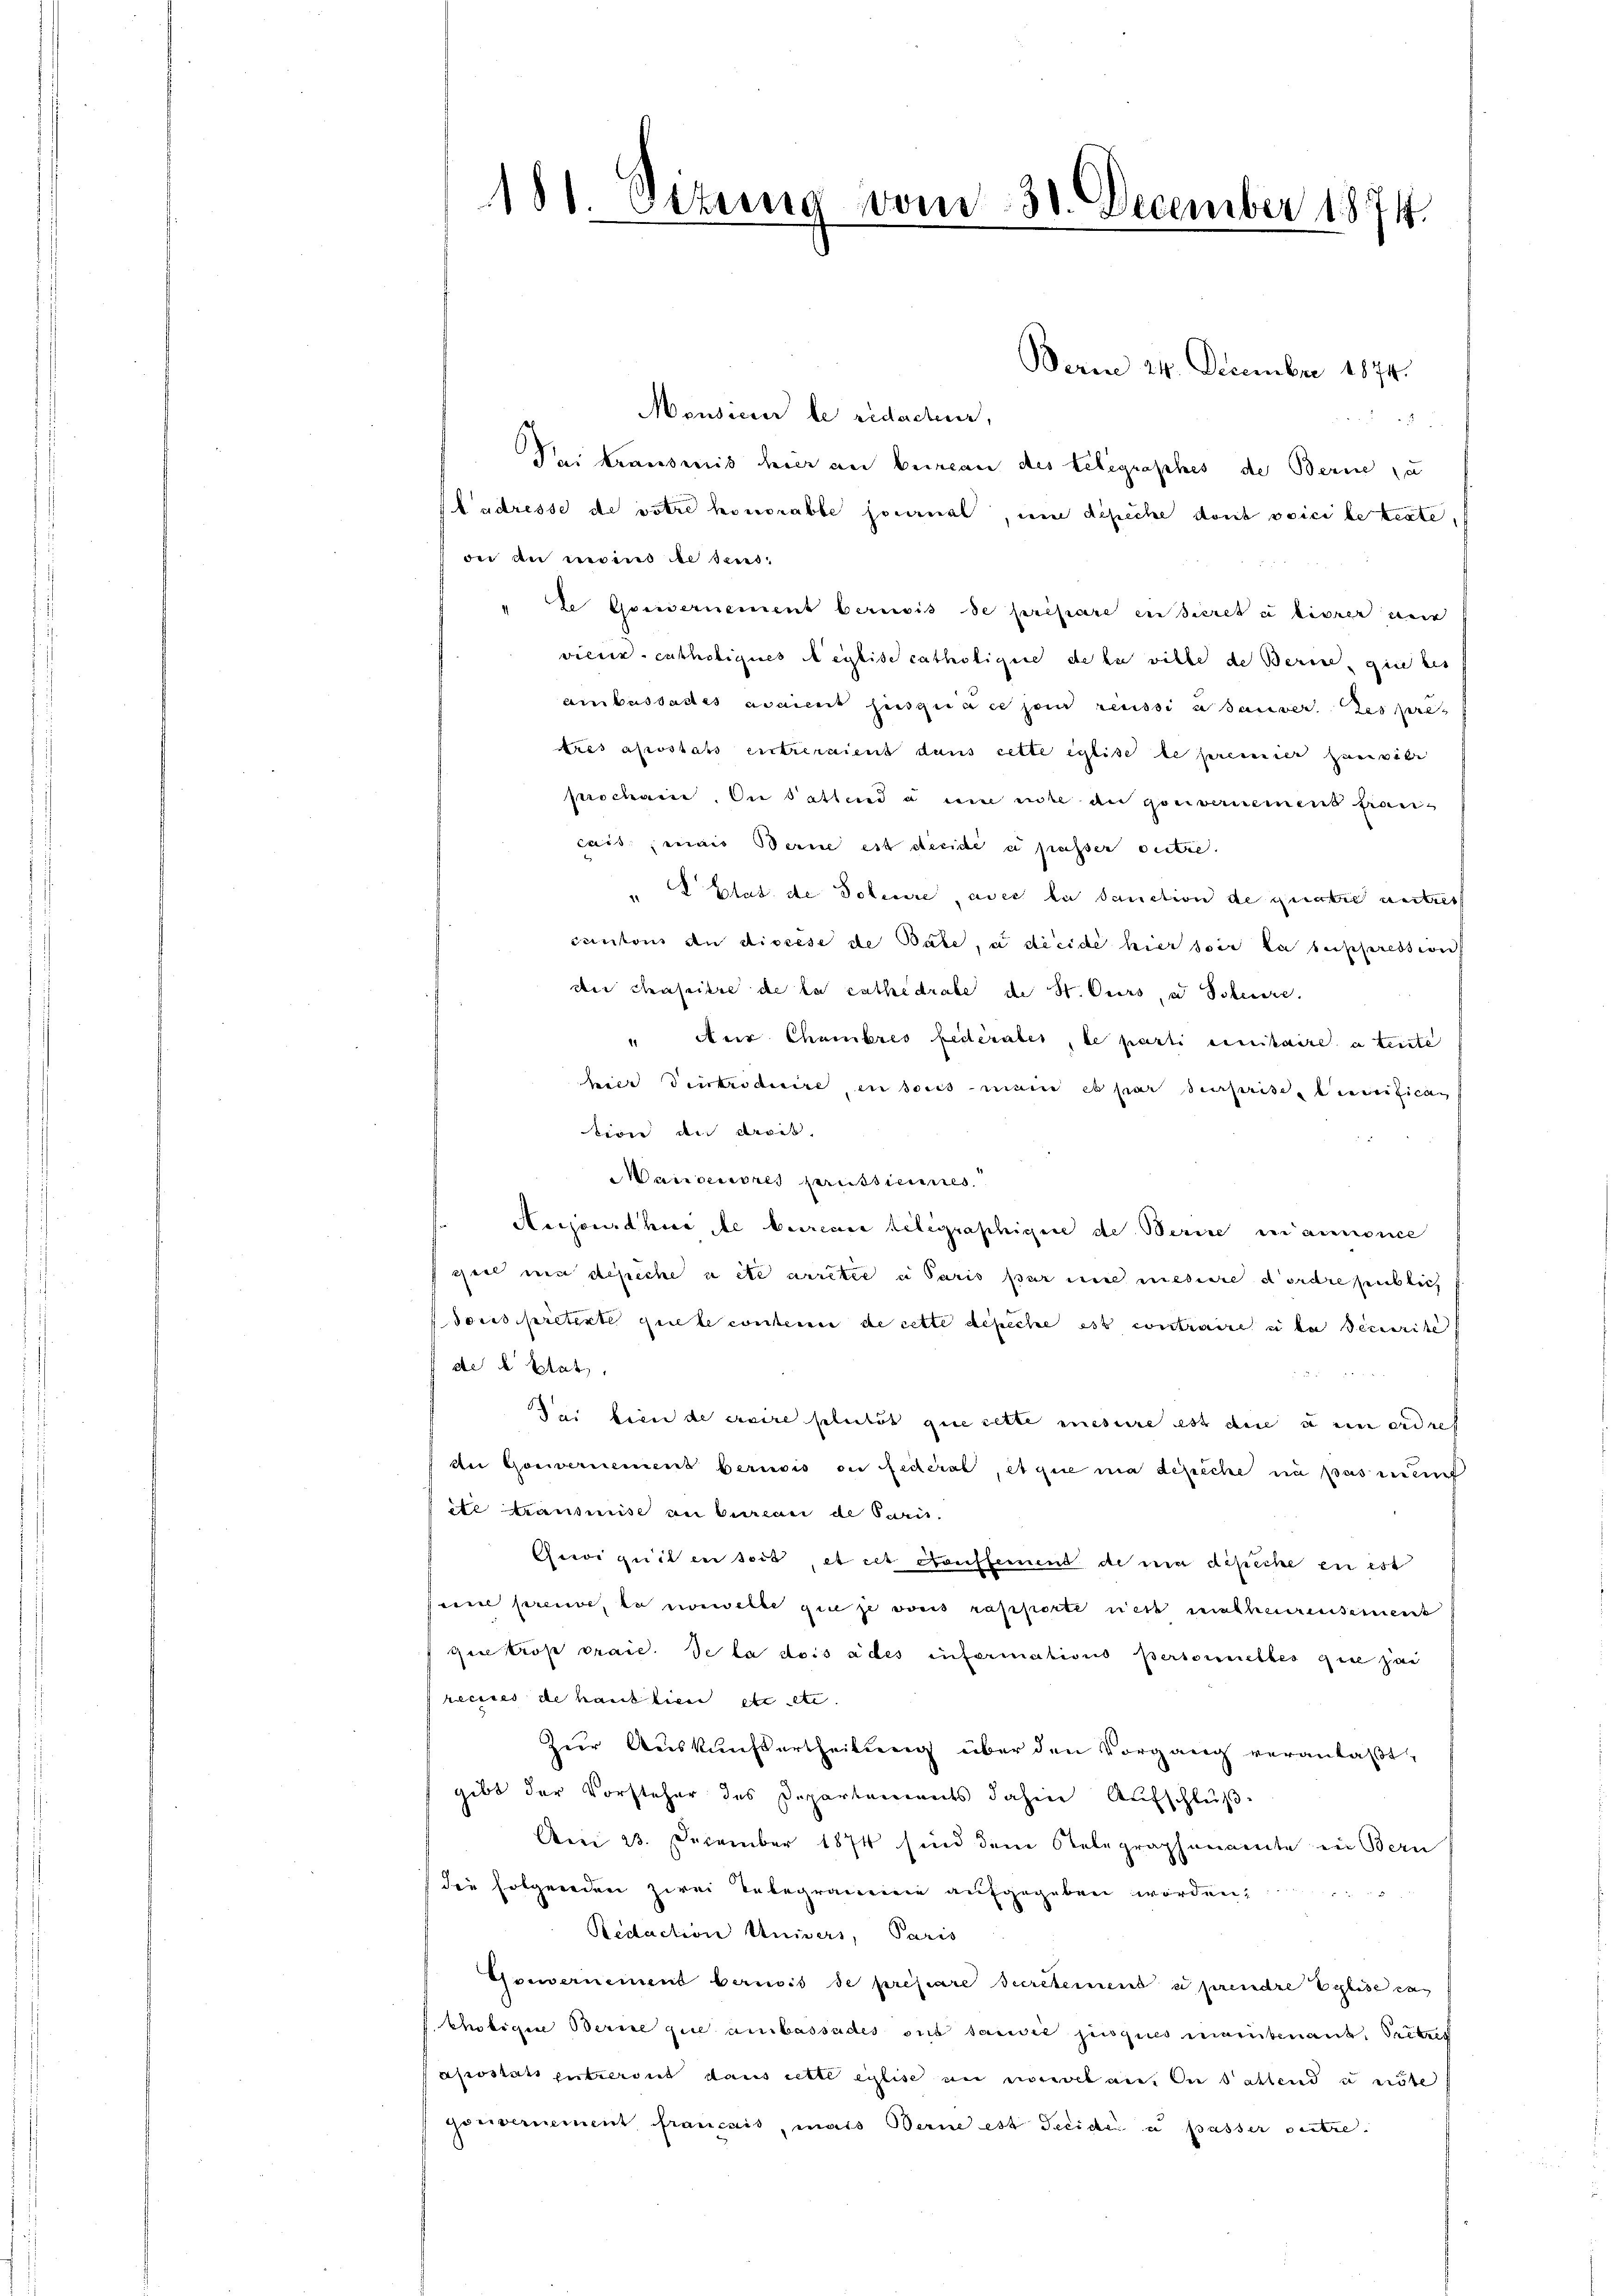
181. Setung vom 30. December 1874.

Berne 24. Decembre 1874.
Mondicier le redacteur,
i
Sei transmis hier an bureau des Telegraphes de Berne zu
Ladresse de votre honorable social, um depiche dont poici le texte,
dee an nebens de seies
te Geissernement bernis de prépare en secret u livrer nur
viener catholiques Meytise catholigne de la ville de Berne, gie des
ambassades avaient suisgiace pour reussi e saurer. Les pre
tres apostars entreraient dans cette eglite le perinner zugebe
prochanie, die Sattende ein eite an gouvernement fran
cais; mais Berne est decide a passer outre.
" Etat de Toteure, avec la Sanction de geratie nutzer
cantons an discese de Babe, u dieide hier soir la suppression
die chapitre de la cathedrale de St. Curs, u Scheure.
" Nur Chambres Federater, le parti eintaire a tente
hier Vertroduire, in sous main et par derserite bereitican
tion an dies
Marseniores perustiennes.
Merjour hier de betreuer telegraphigere de Berice in annonce
piel mit depeche a etc arreter u Paris par mit mehrere dordresentlich
dons pretente guete contern de cette depeche est contraire in der Decerite
dte de bat,
dei bien de creire politis que cette mesure est die u ein erdre
An Gouvernement beruois on federal, et que ma depiche in passen
te transmise an bureau de Cari¬
Gwiguit en sei, et il conffemmend die um dipiche en est
vi preuve, da vorwelte ginge von rapporte rech malheurensement
quekros praie. Se la dos ades informations personnelles que pai
recires de haut lien etc etc.
Zur Auskunftertheilung über den Vorgang veranlaßt,
gibt der Vorsteher des Departements dahin Aufschluß
Am 23. December 1874 sind dene Relegraphenamte in Bern
die folgenden zwei Telegrameine aufgegeben worden,
Redaction Univers, Paris
Gouvernement bernis de prefare Secreternent u prendre Elise das
khötiger Berne gute ambassades sub dawie jusques manutenant. Titreg
apostat entreront dans cette eilise au monetan. In Sattend unte
gouvernement français, mais Berne est Seide u passer outre.